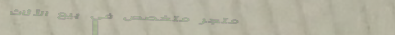
متجر متخصص في بيع الأثاث